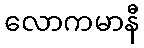
လောကမာနီ